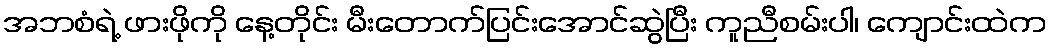
အဘစံရဲ့ ဖားဖိုကို နေ့တိုင်း မီးတောက်ပြင်းအောင်ဆွဲပြီး ကူညီစမ်းပါ၊ ကျောင်းထဲက